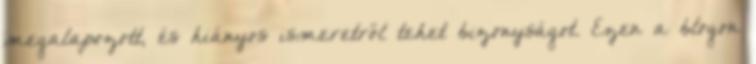
megalapozott, és hiányos ismeretről tehet bizonyságot. Ezen a blogon